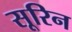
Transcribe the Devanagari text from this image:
सूरिन